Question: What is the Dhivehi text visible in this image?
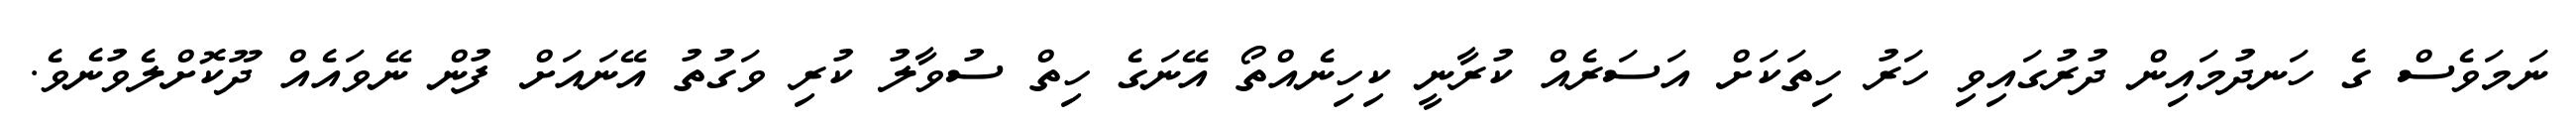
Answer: ނަމަވެސް ގެ ހަނދުމައިން ދުރުގައިވި ހަރު ހިތަކަށް އަސަރެއް ކުރާނީ ކިހިނެއްތޯ އޭނަގެ ހިތް ސުވާލު ކުރި ވަގުތު އޭނައަށް ފުން ނޭވައެއް ދޫކޮށްލެވުނެވެ.